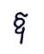
ឱ